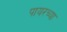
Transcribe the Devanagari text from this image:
पायरच्या